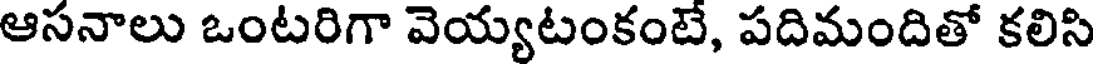
ఆసనాలు ఒంటరిగా వెయ్యటంకంటే, పదిమందితో కలిసి